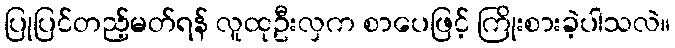
ပြုပြင်တည့်မတ်ရန် လူထုဦးလှက စာပေဖြင့် ကြိုးစားခဲ့ပါသလဲ။